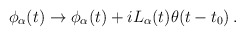
\begin{align*}\phi_{\alpha}(t)\to\phi_{\alpha}(t)+iL_{\alpha}(t)\theta(t-t_0)\,.\end{align*}